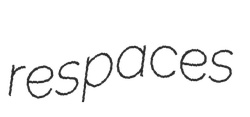
respaces